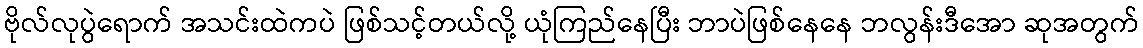
ဗိုလ်လုပွဲရောက် အသင်းထဲကပဲ ဖြစ်သင့်တယ်လို့ ယုံကြည်နေပြီး ဘာပဲဖြစ်နေနေ ဘလွန်းဒီအော ဆုအတွက်